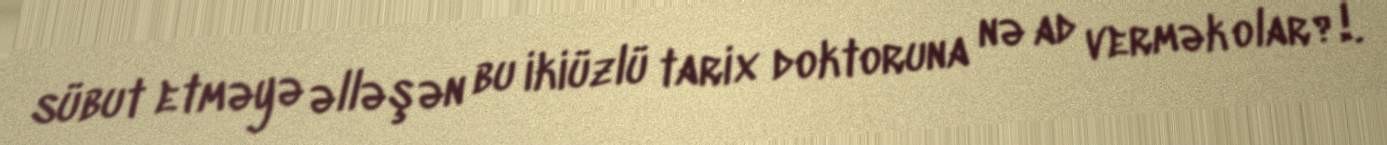
sübut etməyə əlləşən bu ikiüzlü tarix doktoruna nə ad vermək olar?!.